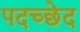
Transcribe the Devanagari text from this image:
पदच्‍छेद